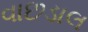
વાછડાલ